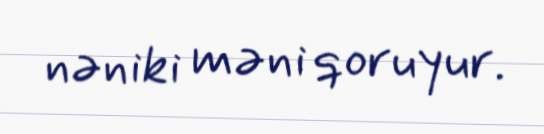
nəniki məni qoruyur.